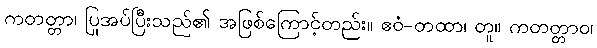
ကတတ္တာ၊ ပြုအပ်ပြီးသည်၏ အဖြစ်ကြောင့်တည်း။ ဧဝံ-တထာ၊ တူ။ ကတတ္တာဝ၊